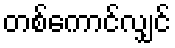
တစ်ကောင်လျှင်